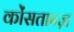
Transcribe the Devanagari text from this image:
कोंसतान्ज़